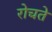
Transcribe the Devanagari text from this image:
रोचते